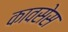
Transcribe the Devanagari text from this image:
कावसेस